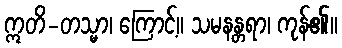
ဣတိ-တသ္မာ၊ ကြောင့်။ သမနန္တရာ၊ ကုန်၏။